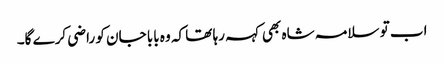
اب تو سلامہ شاہ بھی کہہ رہا تھا کہ وہ بابا جان کو راضی کرے گا۔